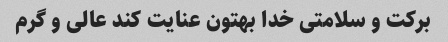
برکت و سلامتی خدا بهتون عنایت کند عالی و گرم